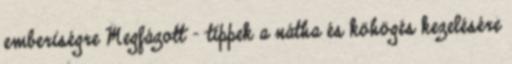
emberiségre Megfázott - tippek a nátha és köhögés kezelésére